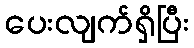
ပေးလျက်ရှိပြီး